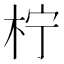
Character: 柠